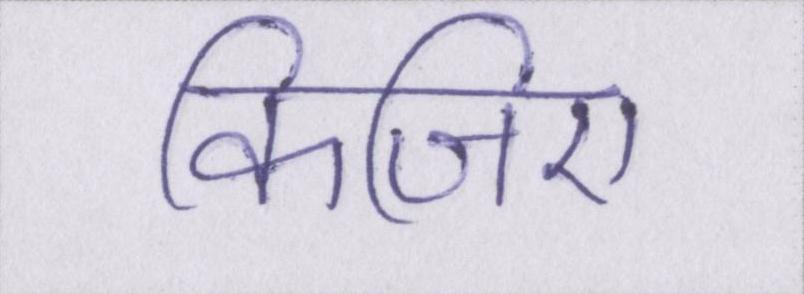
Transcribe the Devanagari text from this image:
किजिए